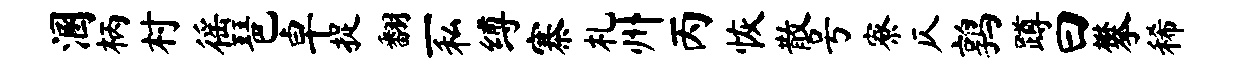
溷柄村徭琶卓捉翻一私缚寨札州丙恢散号寮仄鹑蹲曰攀稀